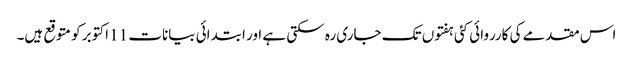
اس مقدمے کی کارروائی کئی ہفتوں تک جاری رہ سکتی ہے اور ابتدائی بیانات 11 اکتوبر کو متوقع ہیں۔